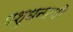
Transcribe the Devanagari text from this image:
पशुधनाची